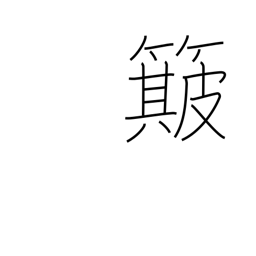
Meaning: winnow